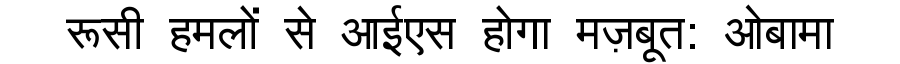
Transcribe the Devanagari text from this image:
रूसी हमलों से आईएस होगा मज़बूत: ओबामा